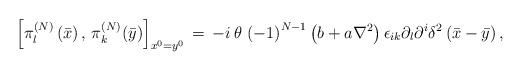
\begin{align*}\left[ \pi _{l}^{\left( N\right) }\left( \bar{x}\right) ,\,\pi _{k}^{\left(N\right) }(\bar{y})\right] _{x^{0}=y^{0}}\,=\,-i\,\theta \,\left( -1\right)^{N-1}\left( b+a\nabla ^{2}\right) \epsilon _{ik}\partial _{l}\partial^{i}\delta ^{2}\left( \bar{x}-\bar{y}\right) , \end{align*}